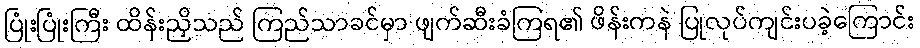
ပြုံးပြုံးကြီး ထိန်းညှိသည် ကြည်သာခင်မှာ ဖျက်ဆီးခံကြရ၏ ဖိန်းကနဲ ပြုလုပ်ကျင်းပခဲ့ကြောင်း